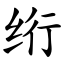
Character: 绗